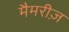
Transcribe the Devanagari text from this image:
मैमरीज़